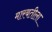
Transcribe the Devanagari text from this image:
मारबतीला